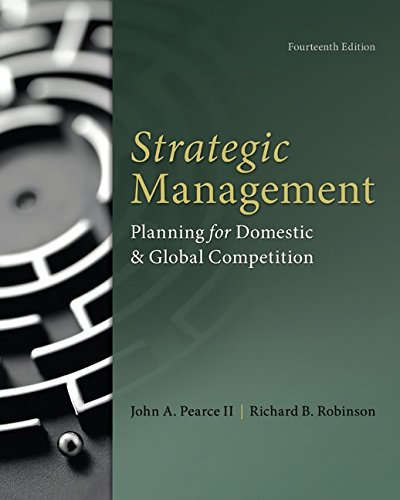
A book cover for Strategic Management; John Pearce; Business & Money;